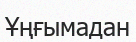
Ұңғымадан